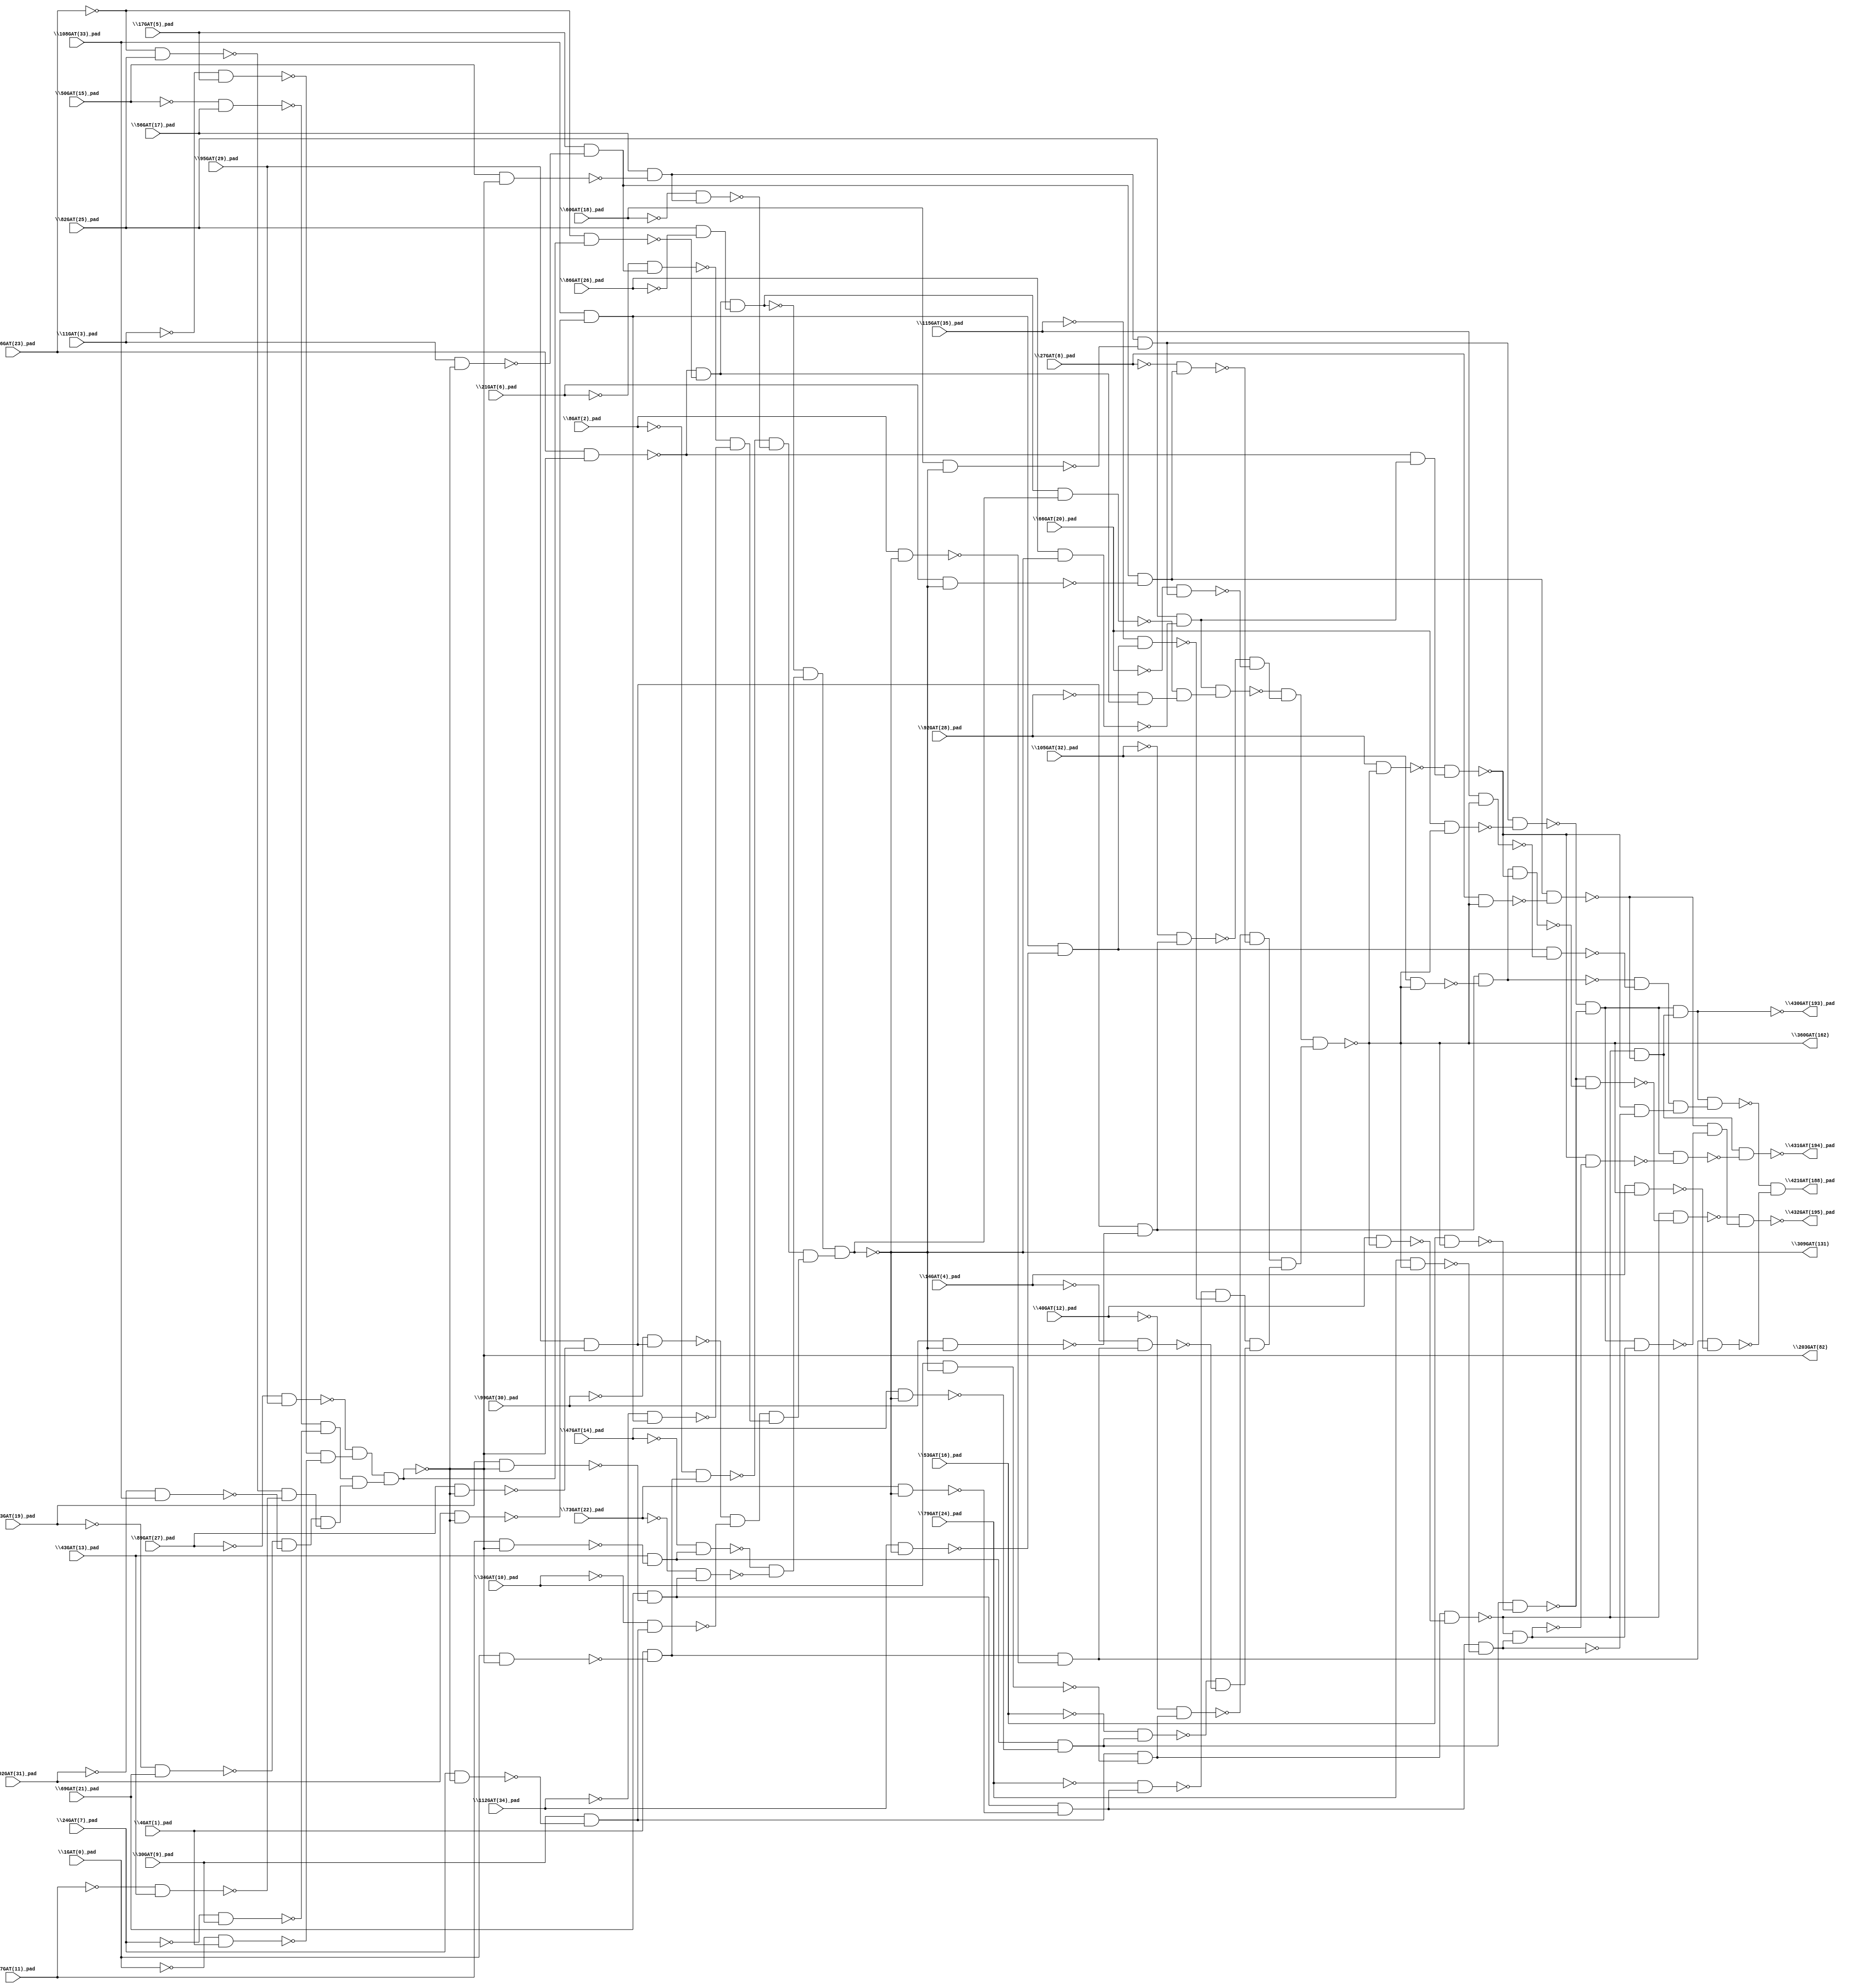
module top( \102GAT(31)_pad  , \105GAT(32)_pad  , \108GAT(33)_pad  , \112GAT(34)_pad  , \115GAT(35)_pad  , \11GAT(3)_pad  , \14GAT(4)_pad  , \17GAT(5)_pad  , \1GAT(0)_pad  , \21GAT(6)_pad  , \24GAT(7)_pad  , \27GAT(8)_pad  , \30GAT(9)_pad  , \34GAT(10)_pad  , \37GAT(11)_pad  , \40GAT(12)_pad  , \43GAT(13)_pad  , \47GAT(14)_pad  , \4GAT(1)_pad  , \50GAT(15)_pad  , \53GAT(16)_pad  , \56GAT(17)_pad  , \60GAT(18)_pad  , \63GAT(19)_pad  , \66GAT(20)_pad  , \69GAT(21)_pad  , \73GAT(22)_pad  , \76GAT(23)_pad  , \79GAT(24)_pad  , \82GAT(25)_pad  , \86GAT(26)_pad  , \89GAT(27)_pad  , \8GAT(2)_pad  , \92GAT(28)_pad  , \95GAT(29)_pad  , \99GAT(30)_pad  , \203GAT(82)  , \309GAT(131)  , \360GAT(162)  , \421GAT(188)_pad  , \430GAT(193)_pad  , \431GAT(194)_pad  , \432GAT(195)_pad  );
  input \102GAT(31)_pad  ;
  input \105GAT(32)_pad  ;
  input \108GAT(33)_pad  ;
  input \112GAT(34)_pad  ;
  input \115GAT(35)_pad  ;
  input \11GAT(3)_pad  ;
  input \14GAT(4)_pad  ;
  input \17GAT(5)_pad  ;
  input \1GAT(0)_pad  ;
  input \21GAT(6)_pad  ;
  input \24GAT(7)_pad  ;
  input \27GAT(8)_pad  ;
  input \30GAT(9)_pad  ;
  input \34GAT(10)_pad  ;
  input \37GAT(11)_pad  ;
  input \40GAT(12)_pad  ;
  input \43GAT(13)_pad  ;
  input \47GAT(14)_pad  ;
  input \4GAT(1)_pad  ;
  input \50GAT(15)_pad  ;
  input \53GAT(16)_pad  ;
  input \56GAT(17)_pad  ;
  input \60GAT(18)_pad  ;
  input \63GAT(19)_pad  ;
  input \66GAT(20)_pad  ;
  input \69GAT(21)_pad  ;
  input \73GAT(22)_pad  ;
  input \76GAT(23)_pad  ;
  input \79GAT(24)_pad  ;
  input \82GAT(25)_pad  ;
  input \86GAT(26)_pad  ;
  input \89GAT(27)_pad  ;
  input \8GAT(2)_pad  ;
  input \92GAT(28)_pad  ;
  input \95GAT(29)_pad  ;
  input \99GAT(30)_pad  ;
  output \203GAT(82)  ;
  output \309GAT(131)  ;
  output \360GAT(162)  ;
  output \421GAT(188)_pad  ;
  output \430GAT(193)_pad  ;
  output \431GAT(194)_pad  ;
  output \432GAT(195)_pad  ;
  wire n37 , n38 , n39 , n40 , n41 , n42 , n43 , n44 , n45 , n46 , n47 , n48 , n49 , n50 , n51 , n52 , n53 , n54 , n55 , n56 , n57 , n58 , n59 , n60 , n61 , n62 , n63 , n64 , n65 , n66 , n67 , n68 , n69 , n70 , n71 , n72 , n73 , n74 , n75 , n76 , n77 , n78 , n79 , n80 , n81 , n82 , n83 , n84 , n85 , n86 , n87 , n88 , n89 , n90 , n91 , n92 , n93 , n94 , n95 , n96 , n97 , n98 , n99 , n100 , n101 , n102 , n103 , n104 , n105 , n106 , n107 , n108 , n109 , n110 , n111 , n112 , n113 , n114 , n115 , n116 , n117 , n118 , n119 , n120 , n121 , n122 , n123 , n124 , n125 , n126 , n127 , n128 , n129 , n130 , n131 , n132 , n133 , n134 , n135 , n136 , n137 , n138 , n139 , n140 , n141 , n142 , n143 , n144 , n145 , n146 , n147 , n148 , n149 , n150 , n151 , n152 , n153 , n154 , n155 , n156 , n157 , n158 , n159 , n160 , n161 , n162 , n163 , n164 , n165 ;
  assign n45 = ~\89GAT(27)_pad  & \95GAT(29)_pad  ;
  assign n43 = ~\11GAT(3)_pad  & \17GAT(5)_pad  ;
  assign n44 = ~\1GAT(0)_pad  & \4GAT(1)_pad  ;
  assign n49 = ~n43 & ~n44 ;
  assign n50 = ~n45 & n49 ;
  assign n37 = ~\50GAT(15)_pad  & \56GAT(17)_pad  ;
  assign n38 = ~\24GAT(7)_pad  & \30GAT(9)_pad  ;
  assign n46 = ~n37 & ~n38 ;
  assign n39 = ~\63GAT(19)_pad  & \69GAT(21)_pad  ;
  assign n40 = ~\102GAT(31)_pad  & \108GAT(33)_pad  ;
  assign n47 = ~n39 & ~n40 ;
  assign n41 = ~\76GAT(23)_pad  & \82GAT(25)_pad  ;
  assign n42 = ~\37GAT(11)_pad  & \43GAT(13)_pad  ;
  assign n48 = ~n41 & ~n42 ;
  assign n51 = n47 & n48 ;
  assign n52 = n46 & n51 ;
  assign n53 = n50 & n52 ;
  assign n78 = \76GAT(23)_pad  & ~n53 ;
  assign n79 = ~\76GAT(23)_pad  & n53 ;
  assign n80 = ~n78 & ~n79 ;
  assign n81 = \82GAT(25)_pad  & ~\86GAT(26)_pad  ;
  assign n82 = n80 & n81 ;
  assign n72 = \37GAT(11)_pad  & ~n53 ;
  assign n73 = \43GAT(13)_pad  & ~n72 ;
  assign n74 = ~\47GAT(14)_pad  & n73 ;
  assign n75 = \63GAT(19)_pad  & ~n53 ;
  assign n76 = \69GAT(21)_pad  & ~n75 ;
  assign n77 = ~\73GAT(22)_pad  & n76 ;
  assign n86 = ~n74 & ~n77 ;
  assign n87 = ~n82 & n86 ;
  assign n54 = \1GAT(0)_pad  & ~n53 ;
  assign n55 = \4GAT(1)_pad  & ~n54 ;
  assign n56 = ~\8GAT(2)_pad  & n55 ;
  assign n57 = \50GAT(15)_pad  & ~n53 ;
  assign n58 = \56GAT(17)_pad  & ~n57 ;
  assign n59 = ~\60GAT(18)_pad  & n58 ;
  assign n83 = ~n56 & ~n59 ;
  assign n60 = \89GAT(27)_pad  & ~n53 ;
  assign n61 = \95GAT(29)_pad  & ~n60 ;
  assign n62 = ~\99GAT(30)_pad  & n61 ;
  assign n63 = \24GAT(7)_pad  & ~n53 ;
  assign n64 = \30GAT(9)_pad  & ~n63 ;
  assign n65 = ~\34GAT(10)_pad  & n64 ;
  assign n84 = ~n62 & ~n65 ;
  assign n66 = \11GAT(3)_pad  & ~n53 ;
  assign n67 = \17GAT(5)_pad  & ~n66 ;
  assign n68 = ~\21GAT(6)_pad  & n67 ;
  assign n69 = \102GAT(31)_pad  & ~n53 ;
  assign n70 = \108GAT(33)_pad  & ~n69 ;
  assign n71 = ~\112GAT(34)_pad  & n70 ;
  assign n85 = ~n68 & ~n71 ;
  assign n88 = n84 & n85 ;
  assign n89 = n83 & n88 ;
  assign n90 = n87 & n89 ;
  assign n115 = \86GAT(26)_pad  & ~n90 ;
  assign n116 = \82GAT(25)_pad  & ~n115 ;
  assign n117 = n82 & n90 ;
  assign n118 = ~\92GAT(28)_pad  & n80 ;
  assign n119 = ~n117 & n118 ;
  assign n120 = n116 & n119 ;
  assign n109 = \99GAT(30)_pad  & ~n90 ;
  assign n110 = n61 & ~n109 ;
  assign n111 = ~\105GAT(32)_pad  & n110 ;
  assign n112 = \60GAT(18)_pad  & ~n90 ;
  assign n113 = n58 & ~n112 ;
  assign n114 = ~\66GAT(20)_pad  & n113 ;
  assign n124 = ~n111 & ~n114 ;
  assign n125 = ~n120 & n124 ;
  assign n91 = \34GAT(10)_pad  & ~n90 ;
  assign n92 = n64 & ~n91 ;
  assign n93 = ~\40GAT(12)_pad  & n92 ;
  assign n94 = \21GAT(6)_pad  & ~n90 ;
  assign n95 = n67 & ~n94 ;
  assign n96 = ~\27GAT(8)_pad  & n95 ;
  assign n121 = ~n93 & ~n96 ;
  assign n97 = \73GAT(22)_pad  & ~n90 ;
  assign n98 = n76 & ~n97 ;
  assign n99 = ~\79GAT(24)_pad  & n98 ;
  assign n100 = \112GAT(34)_pad  & ~n90 ;
  assign n101 = n70 & ~n100 ;
  assign n102 = ~\115GAT(35)_pad  & n101 ;
  assign n122 = ~n99 & ~n102 ;
  assign n103 = \47GAT(14)_pad  & ~n90 ;
  assign n104 = n73 & ~n103 ;
  assign n105 = ~\53GAT(16)_pad  & n104 ;
  assign n106 = \8GAT(2)_pad  & ~n90 ;
  assign n107 = n55 & ~n106 ;
  assign n108 = ~\14GAT(4)_pad  & n107 ;
  assign n123 = ~n105 & ~n108 ;
  assign n126 = n122 & n123 ;
  assign n127 = n121 & n126 ;
  assign n128 = n125 & n127 ;
  assign n129 = \66GAT(20)_pad  & ~n128 ;
  assign n130 = n113 & ~n129 ;
  assign n131 = \53GAT(16)_pad  & ~n128 ;
  assign n132 = n104 & ~n131 ;
  assign n133 = ~n130 & ~n132 ;
  assign n134 = \40GAT(12)_pad  & ~n128 ;
  assign n135 = n92 & ~n134 ;
  assign n136 = \27GAT(8)_pad  & ~n128 ;
  assign n137 = n95 & ~n136 ;
  assign n138 = ~n135 & ~n137 ;
  assign n139 = n133 & n138 ;
  assign n140 = \105GAT(32)_pad  & ~n128 ;
  assign n141 = n110 & ~n140 ;
  assign n142 = \115GAT(35)_pad  & ~n128 ;
  assign n143 = n101 & ~n142 ;
  assign n149 = ~n141 & ~n143 ;
  assign n144 = \92GAT(28)_pad  & ~n128 ;
  assign n145 = ~n78 & n116 ;
  assign n146 = ~n144 & n145 ;
  assign n147 = \79GAT(24)_pad  & ~n128 ;
  assign n148 = n98 & ~n147 ;
  assign n150 = ~n146 & ~n148 ;
  assign n151 = n149 & n150 ;
  assign n152 = n139 & n151 ;
  assign n153 = \14GAT(4)_pad  & ~n128 ;
  assign n154 = n107 & ~n153 ;
  assign n155 = ~n152 & ~n154 ;
  assign n156 = ~n135 & n148 ;
  assign n157 = ~n146 & ~n156 ;
  assign n158 = n133 & ~n157 ;
  assign n159 = n138 & ~n158 ;
  assign n160 = n141 & ~n146 ;
  assign n161 = ~n132 & ~n160 ;
  assign n162 = ~n135 & ~n161 ;
  assign n163 = n133 & n156 ;
  assign n164 = ~n137 & ~n163 ;
  assign n165 = ~n162 & n164 ;
  assign \203GAT(82)  = ~n53 ;
  assign \309GAT(131)  = ~n90 ;
  assign \360GAT(162)  = ~n128 ;
  assign \421GAT(188)_pad  = n155 ;
  assign \430GAT(193)_pad  = ~n139 ;
  assign \431GAT(194)_pad  = ~n159 ;
  assign \432GAT(195)_pad  = ~n165 ;
endmodule